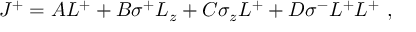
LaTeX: J ^ { + } = { A L ^ { + } + B \sigma ^ { + } L _ { z } + C \sigma _ { z } L ^ { + } + D \sigma ^ { - } L ^ { + } L ^ { + } } ~ , \,